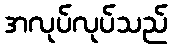
အလုပ်လုပ်သည်